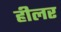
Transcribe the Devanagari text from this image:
हीलर